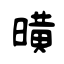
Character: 曂